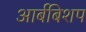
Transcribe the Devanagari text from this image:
आर्बबिशप